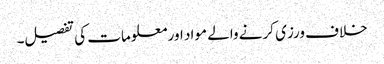
خلاف ورزی کرنے والے مواد اور معلومات کی تفصیل۔